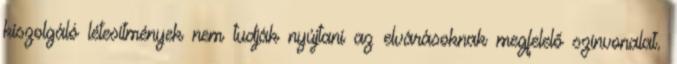
kiszolgáló létesítmények nem tudják nyújtani az elvárásoknak megfelelő színvonalat.